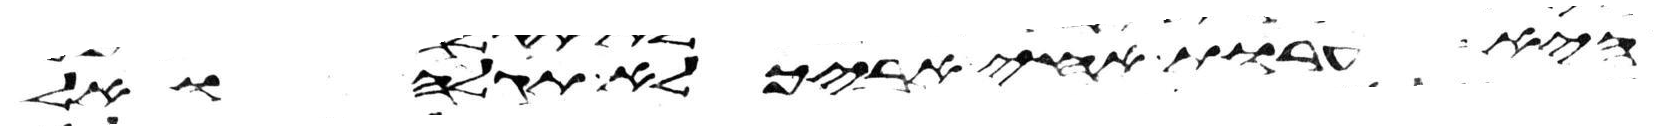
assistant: היא ערות אחי אביך לא תגלה ואל